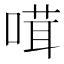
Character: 𠺊